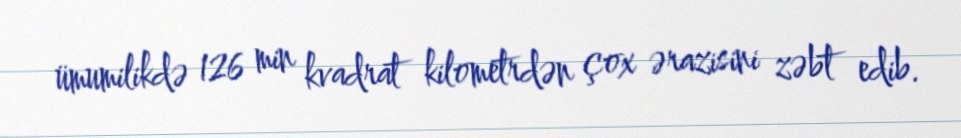
ümumilikdə 126 min kvadrat kilometrdən çox ərazisini zəbt edib.